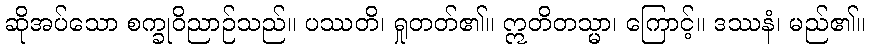
ဆိုအပ်သော စက္ခုဝိညာဉ်သည်။ ပဿတိ၊ ရှုတတ်၏။ ဣတိတသ္မာ၊ ကြောင့်။ ဒဿနံ၊ မည်၏။